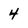
Character: 4